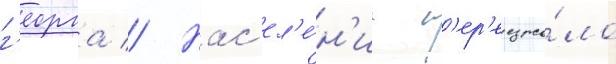
г'еорга // Нас'ел'е́н'ие п'ер'еезжа́ло